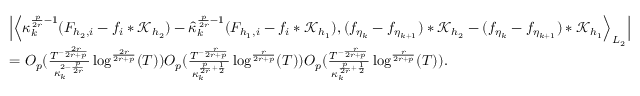
\begin{array} { r l } & { \Big | \Big \langle \kappa _ { k } ^ { \frac { p } { 2 r } - 1 } ( F _ { { h _ { 2 } } , i } - f _ { i } * \mathcal { K } _ { h _ { 2 } } ) - \widehat { \kappa } _ { k } ^ { \frac { p } { 2 r } - 1 } ( F _ { { h _ { 1 } } , i } - f _ { i } * \mathcal { K } _ { h _ { 1 } } ) , ( f _ { \eta _ { k } } - f _ { \eta _ { k + 1 } } ) * \mathcal { K } _ { h _ { 2 } } - ( f _ { \eta _ { k } } - f _ { \eta _ { k + 1 } } ) * \mathcal { K } _ { h _ { 1 } } \Big \rangle _ { L _ { 2 } } \Big | } \\ & { = O _ { p } ( \frac { T ^ { - \frac { 2 r } { 2 r + p } } } { \kappa _ { k } ^ { 2 - \frac { p } { 2 r } } } \log ^ { \frac { 2 r } { 2 r + p } } ( T ) ) O _ { p } ( \frac { T ^ { - \frac { r } { 2 r + p } } } { \kappa _ { k } ^ { \frac { p } { 2 r } + \frac { 1 } { 2 } } } \log ^ { \frac { r } { 2 r + p } } ( T ) ) O _ { p } ( \frac { T ^ { - \frac { r } { 2 r + p } } } { \kappa _ { k } ^ { \frac { p } { 2 r } + \frac { 1 } { 2 } } } \log ^ { \frac { r } { 2 r + p } } ( T ) ) . } \end{array}